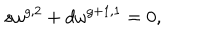
LaTeX: s \omega ^ { g , 2 } + d \omega ^ { g + 1 , 1 } = 0 ,